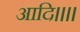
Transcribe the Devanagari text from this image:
आदि।।।।